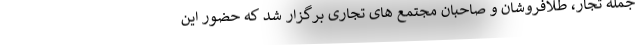
جمله تجار، طلافروشان و صاحبان مجتمع های تجاری برگزار شد که حضور این